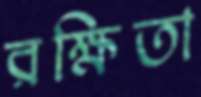
রক্ষিতা